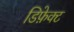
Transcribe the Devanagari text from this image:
डिफ़ेक्ट